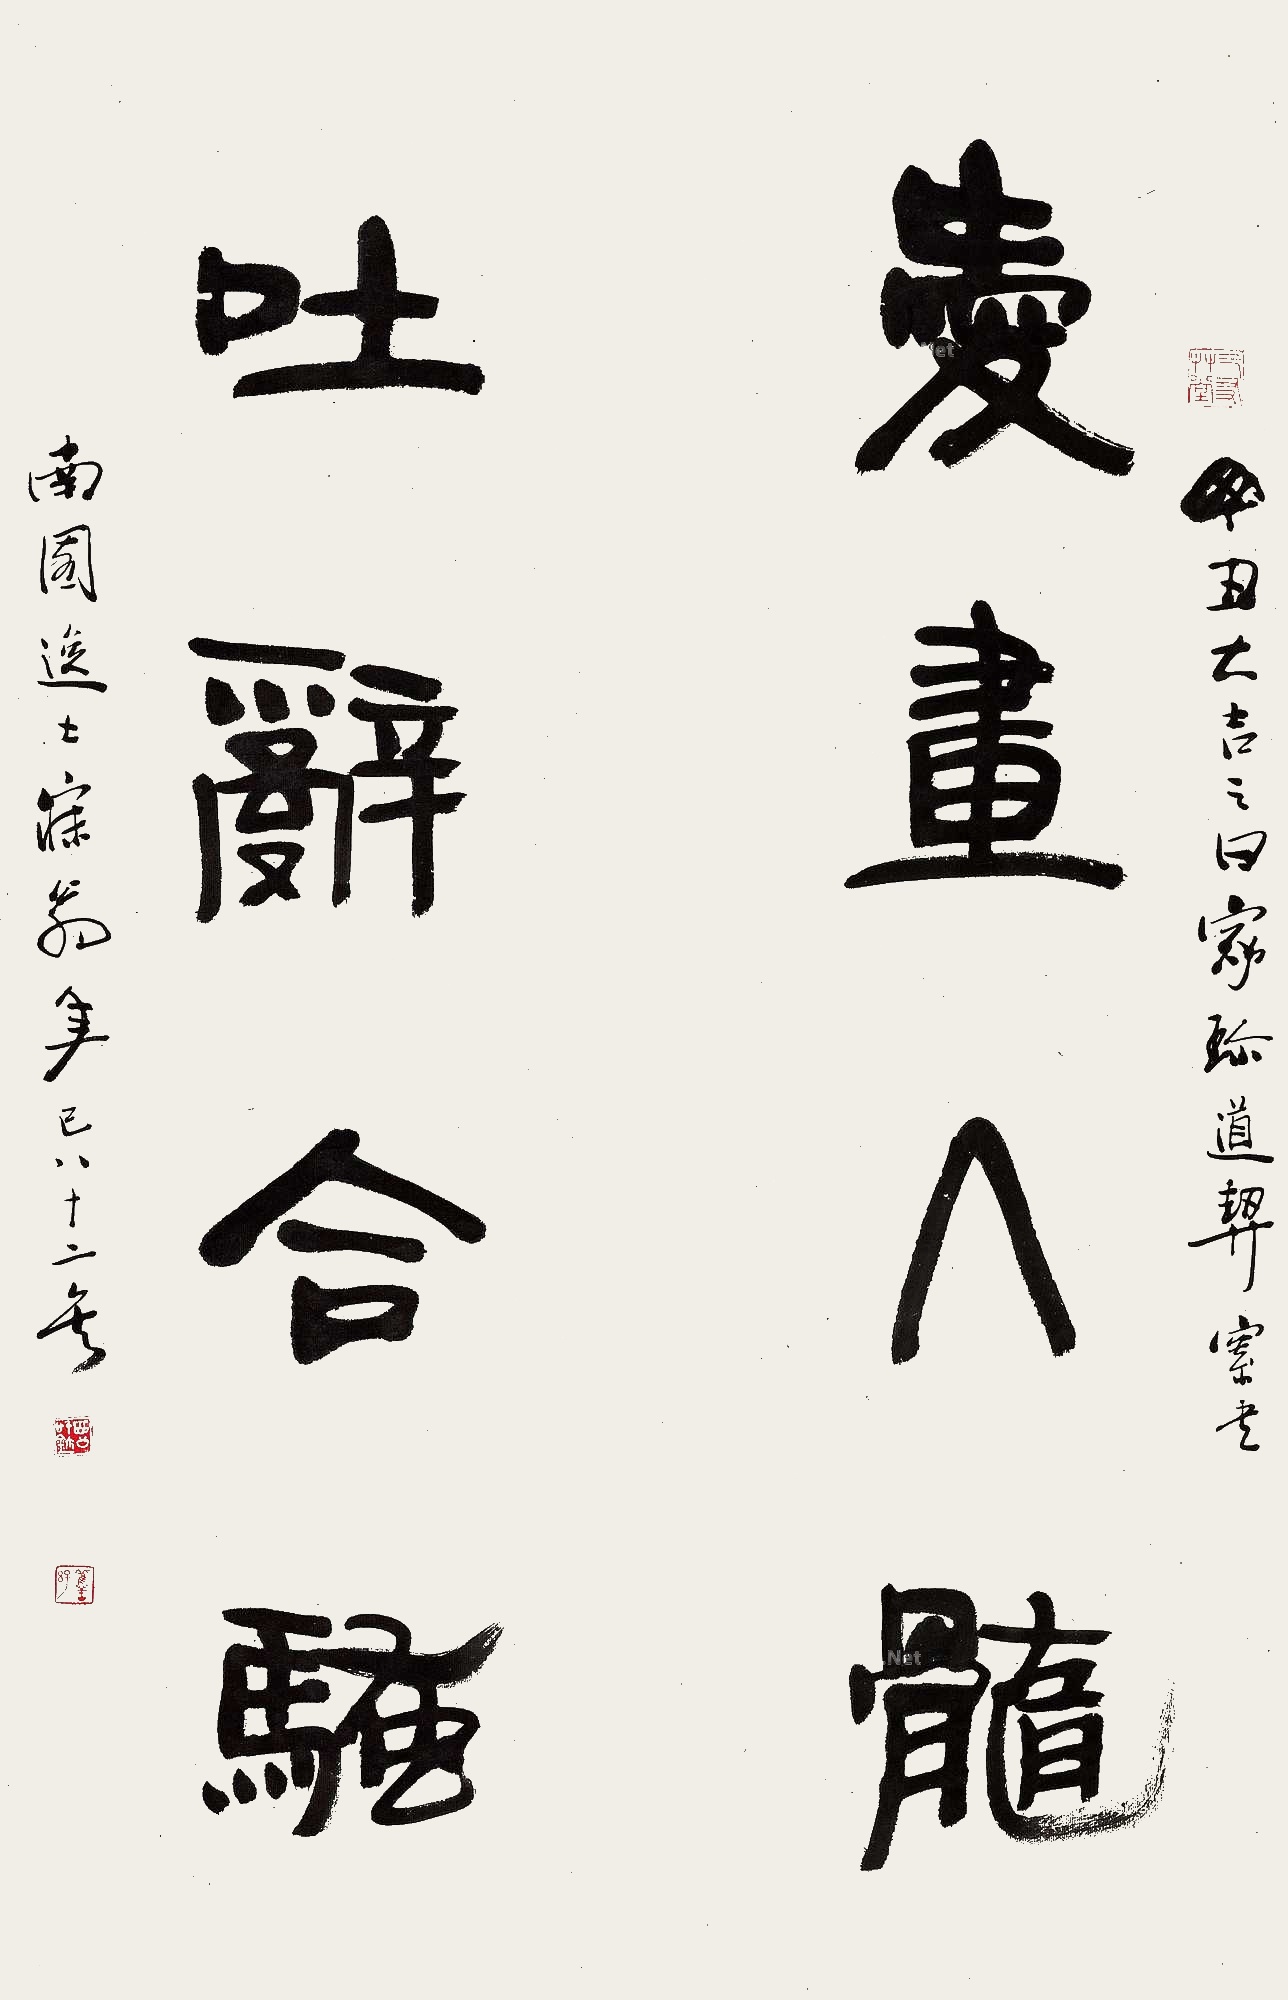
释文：爱画入髓，吐辞合骚。丁丑（1997年）大吉之日，家珍道契索书。南园逸士寐翁年已八十二矣。